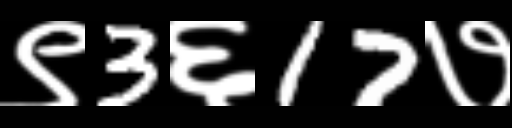
Text: ९3६17७